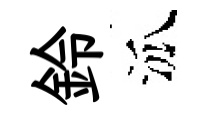
鈴泒